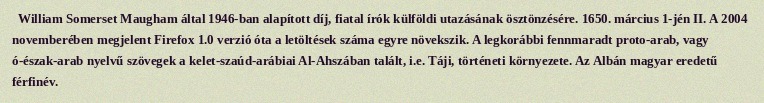
William Somerset Maugham által 1946-ban alapított díj, fiatal írók külföldi utazásának ösztönzésére. 1650. március 1-jén II. A 2004 novemberében megjelent Firefox 1.0 verzió óta a letöltések száma egyre növekszik. A legkorábbi fennmaradt proto-arab, vagy ó-észak-arab nyelvű szövegek a kelet-szaúd-arábiai Al-Ahszában talált, i.e. Táji, történeti környezete. Az Albán magyar eredetű férfinév.